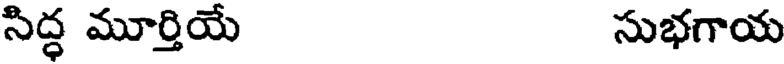
సిద్ధ మూర్తియే సుభగాయ